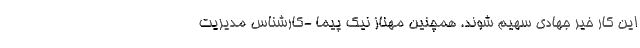
این کار خیر جهادی سهیم شوند. همچنین مهناز نیک پیما -کارشناس مدیریت